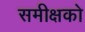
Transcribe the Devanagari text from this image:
समीक्षको